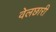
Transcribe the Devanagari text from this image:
वेलछारी